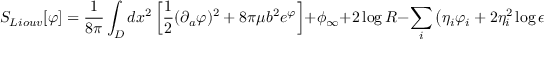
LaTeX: S _ { L i o u v } [ \varphi ] = { \frac { 1 } { 8 \pi } } \int _ { D } d x ^ { 2 } \left[ { \frac { 1 } { 2 } } ( \partial _ { a } \varphi ) ^ { 2 } + 8 \pi \mu b ^ { 2 } e ^ { \varphi } \right] + \phi _ { \infty } + 2 \log { R } - \sum _ { i } \left( \eta _ { i } \varphi _ { i } + 2 \eta _ { i } ^ { 2 } \log { \epsilon _ { i } } \right) .